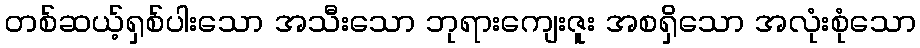
တစ်ဆယ့်ရှစ်ပါးသော အသီးသော ဘုရားကျေးဇူး အစရှိသော အလုံးစုံသော